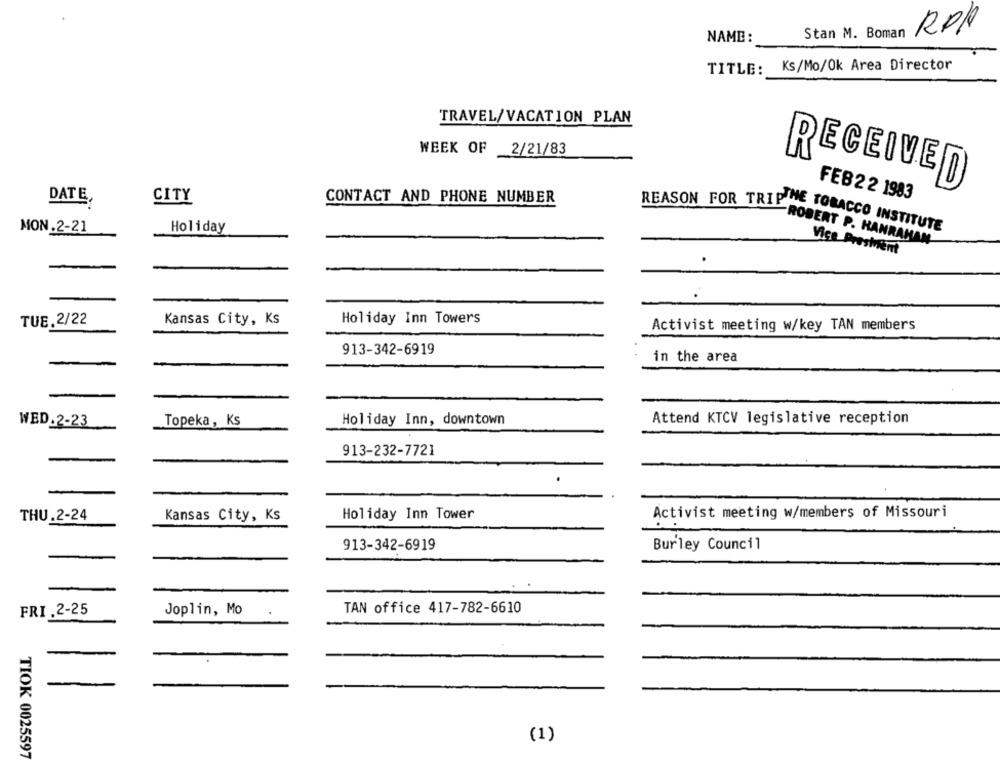
NAME:
Stan M. Boman
RPP
Ks/Mo/Ok Area Director
TITLE:
TRAVEL/VACATION PLAN
WEEK OF 2/21/83
RECEIVE
DATE
CITY
CONTACT AND PHONE NUMBER
FEB22 1983
MON.2-21
Holiday
REASON FOR TRIPINE TOBACCO INSTITUTE
-ROBERT P. HANRAHAN
Vice Presient
.
TUE.2/22
Kansas City, Ks
Holiday Inn Towers
Activist meeting w/key TAN members
913-342-6919
in the area
Holiday Inn, downtown
Attend KTCV legislative reception
WED.2-23
Topeka, Ks
913-232-7721
THU .2-24
Kansas City, Ks
Holiday Inn Tower
Activist meeting w/members of Missouri
913-342-6919
Burley Council
FRI .2-25
Joplin, Mo
TAN office 417-782-6610
-
(1)
TIOK 0025597